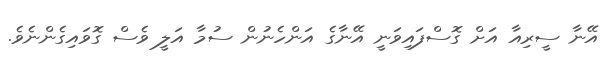
އޭނާ ސީރިއާ އަށް ގޮސްފައިވަނީ އޭނާގެ އަންހެނުން ސުމާ އަލީ ވެސް ގޮވައިގެންނެވެ.